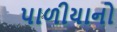
પાળીયાનો